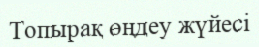
Топырақ өңдеу жүйесі